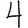
Digit: 4